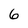
Character: 6